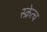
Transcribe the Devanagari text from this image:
स्क्रेत्च